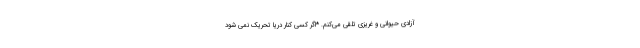
آزادی حیوانی و غریزی تلقی می‌کنم. *اگر کسی کنار دریا تحریک نمی شود